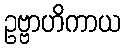
ဥဗ္ဗာဟိကာယ